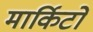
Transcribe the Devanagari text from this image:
मार्किटों